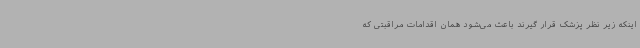
اینکه زیر نظر پزشک قرار گیرند باعث می‌شود همان اقدامات مراقبتی که